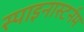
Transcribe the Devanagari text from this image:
स्पाइनास्टर्नम